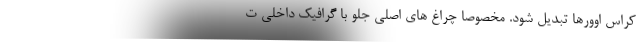
کراس اوورها تبدیل شود. مخصوصا چراغ های اصلی جلو با گرافیک داخلی ت